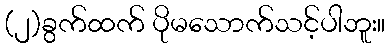
(၂)ခွက်ထက် ပိုမသောက်သင့်ပါဘူး။